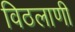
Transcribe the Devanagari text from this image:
विठलाणी